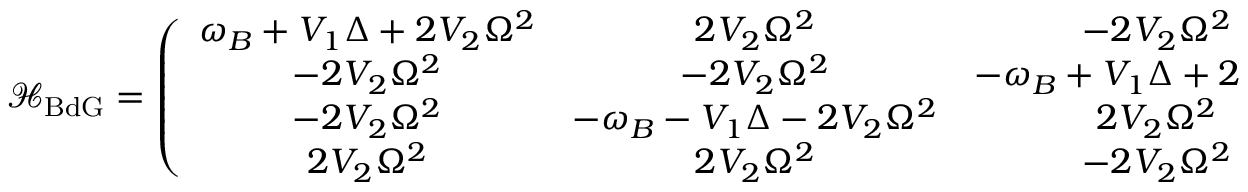
\mathcal { H } _ { \mathrm { B d G } } = \left( \begin{array} { c c c c } { \omega _ { B } + V _ { 1 } \Delta + 2 V _ { 2 } \Omega ^ { 2 } } & { 2 V _ { 2 } \Omega ^ { 2 } } & { - 2 V _ { 2 } \Omega ^ { 2 } } & { - 2 V _ { 2 } \Omega ^ { 2 } } \\ { - 2 V _ { 2 } \Omega ^ { 2 } } & { - 2 V _ { 2 } \Omega ^ { 2 } } & { - \omega _ { B } + V _ { 1 } \Delta + 2 V _ { 2 } \Omega ^ { 2 } } & { 2 V _ { 2 } \Omega ^ { 2 } } \\ { - 2 V _ { 2 } \Omega ^ { 2 } } & { - \omega _ { B } - V _ { 1 } \Delta - 2 V _ { 2 } \Omega ^ { 2 } } & { 2 V _ { 2 } \Omega ^ { 2 } } & { 2 V _ { 2 } \Omega ^ { 2 } } \\ { 2 V _ { 2 } \Omega ^ { 2 } } & { 2 V _ { 2 } \Omega ^ { 2 } } & { - 2 V _ { 2 } \Omega ^ { 2 } } & { \omega _ { B } - V _ { 1 } \Delta - 2 V _ { 2 } \Omega ^ { 2 } } \end{array} \right) .